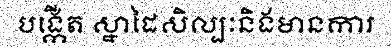
បង្កើត ស្នាដៃសិល្បៈនិងមានការ